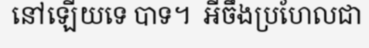
នៅឡើយទេ បាទ។  អីចឹងប្រហែលជា